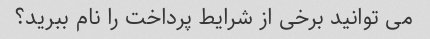
می توانید برخی از شرایط پرداخت را نام ببرید؟